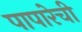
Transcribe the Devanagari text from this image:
पापारेची